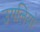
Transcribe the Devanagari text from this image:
उगलियो